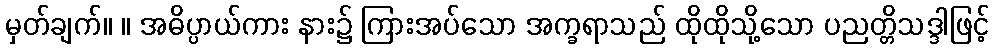
မှတ်ချက်။ ။ အဓိပ္ပာယ်ကား နား၌ ကြားအပ်သော အက္ခရာသည် ထိုထိုသို့သော ပညတ္တိသဒ္ဒါဖြင့်